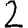
Digit: 2